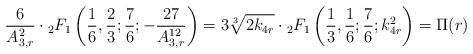
LaTeX: \begin{align*}\frac{6}{A_{3,r}^2}\cdot {}_2F_{1}\left(\frac{1}{6},\frac{2}{3};\frac{7}{6};-\frac{27}{A_{3,r}^{12}}\right)=3\sqrt[3]{2k_{4r}}\cdot {}_2F_1\left(\frac{1}{3},\frac{1}{6};\frac{7}{6};k_{4r}^2\right)=\Pi(r)\end{align*}